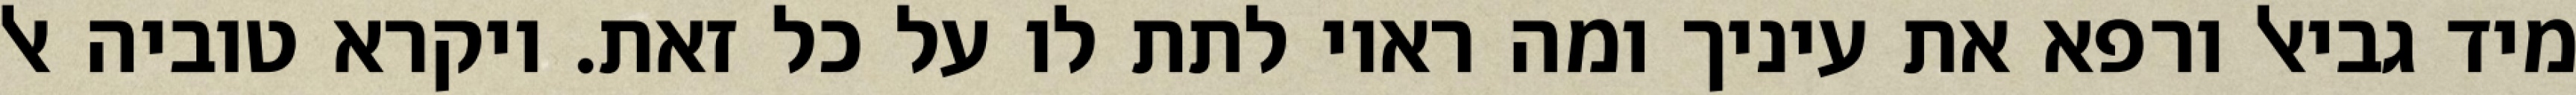
מיד גביאל ורפא את עיניך ומה ראוי לתת לו על כל זאת. ויקרא טוביה אל